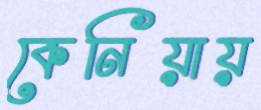
কেনিয়ায়